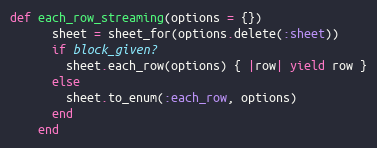
Language: Ruby
def each_row_streaming(options = {})
      sheet = sheet_for(options.delete(:sheet))
      if block_given?
        sheet.each_row(options) { |row| yield row }
      else
        sheet.to_enum(:each_row, options)
      end
    end